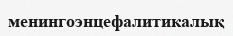
менингоэнцефалитикалық